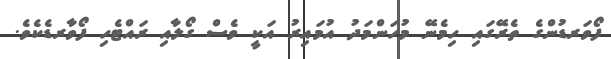
ފޯވަރޑުންގެ ތެރޭގައި ހިމެނޭ މުހަންމަދު އުމައިރު އަކީ ވެސް ގޯލާއި ރައްޓެހި ފޯވާރޑެކެވެ.